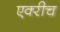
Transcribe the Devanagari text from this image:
एक्‍रीच